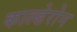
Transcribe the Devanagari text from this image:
काल्डेरोन